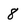
Character: 8